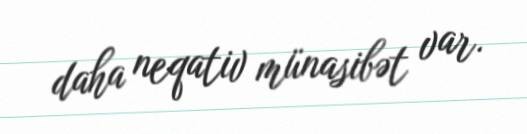
daha neqativ münasibət var.